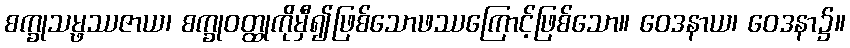
စက္ခုသမ္ဖဿဇာယ၊ စက္ခုဝတ္ထုကိုမှီ၍ဖြစ်သောဖဿကြောင့်ဖြစ်သော။ ဝေဒနာယ၊ ဝေဒနာ၌။